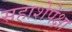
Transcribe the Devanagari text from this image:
सहाशेपेक्षा